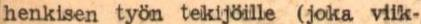
henkisen työn tekijöille joka viik-